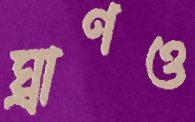
ঘ্রাণও